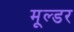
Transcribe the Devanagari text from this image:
मूल्डर